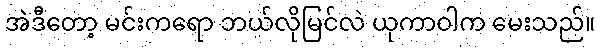
အဲဒီတော့ မင်းကရော ဘယ်လိုမြင်လဲ ယုကာဝါက မေးသည်။